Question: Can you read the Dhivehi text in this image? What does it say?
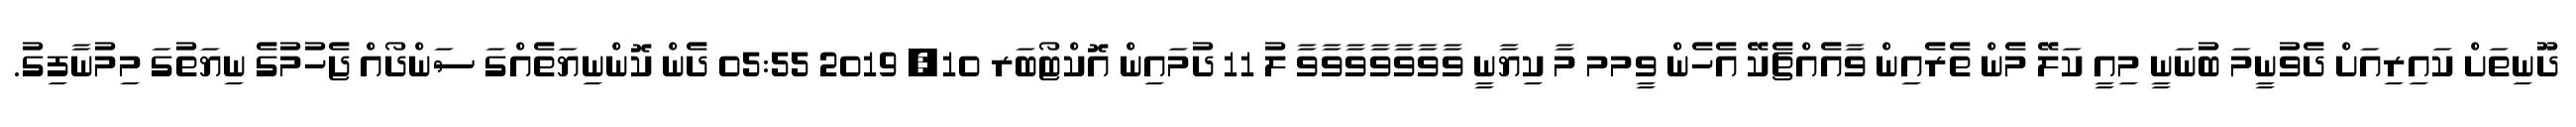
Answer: ދޫނިތަށް ކައިރިއަށް ދެވުނީމަ ބުނަނީ މިއީ ކަލޭ މެން ތެރެއިން ވާއެއްޗެކޭ އެހެން ވީމމ މާ ކިޔާނީ ވާވާވާވާވާވާވާ ލު 11 ދުމައިން އޮކްޓޯބަރ 10, 2019 05:55 ދެން ކޮންނިޔަތެއްގަ ސަންދޯއް ޖެހުމުގެ ނިޔަތުގަ މިމުނާފިގު.